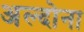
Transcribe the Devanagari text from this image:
अल्दोना